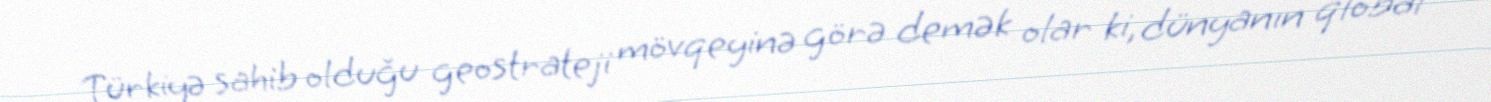
Türkiyə sahib olduğu geostrateji mövqeyinə görə demək olar ki, dünyanın qlobal